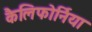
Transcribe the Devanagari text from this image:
कैलिफोर्निया